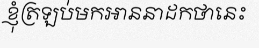
ខ្ញុំត្រឡប់មកអាននាដកថានេះ